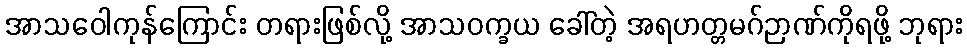
အာသဝေါကုန်ကြောင်း တရားဖြစ်လို့ အာသဝက္ခယ ခေါ်တဲ့ အရဟတ္တမဂ်ဉာဏ်ကိုရဖို့ ဘုရား